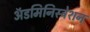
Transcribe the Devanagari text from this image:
अॅडमिनिस्ट्रेशन